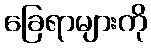
ခြေရာများကို